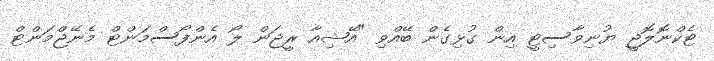
ޓެކްނޮލޮޖީ ޔުނިވާސިޓީ އިން ގުޅިގެން ބޭއްވި "އޭޝިއާ ރީޖަން ލޯ އެންފޯސްމަންޓް މެނޭޖްމަންޓް